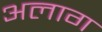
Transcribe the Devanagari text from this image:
अलाग